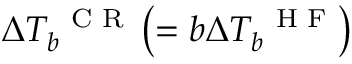
\Delta T _ { b } ^ { \mathrm { ~ \scriptsize ~ C ~ R ~ } } \left( = b \Delta T _ { b } ^ { \mathrm { ~ \scriptsize ~ H ~ F ~ } } \right)